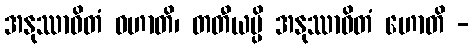
အနုဿာဝိတံ ဓဟာတိ၊ တတီယမ္ပိ အနုဿာဝိတံ ဟောတိ -